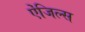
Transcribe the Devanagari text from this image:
ऐंजिल्स